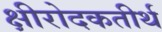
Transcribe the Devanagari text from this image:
क्षीरोदकतीर्थ